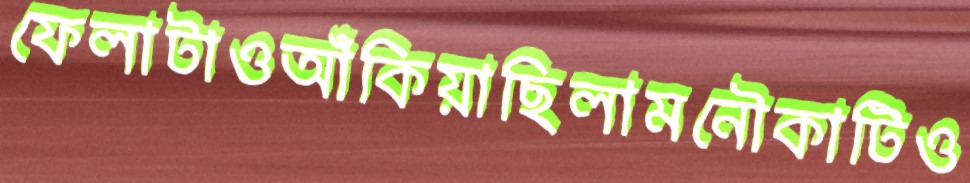
ফেলাটাওআঁকিয়াছিলামনৌকাটিও